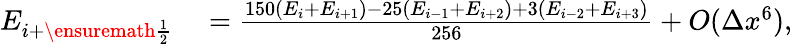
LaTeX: \begin{array}{rl}{E_{i+\ensuremath{{\frac{1}{2}}}}}&{{}=\frac{150(E_{i}+E_{i+1})-25(E_{i-1}+E_{i+2})+3(E_{i-2}+E_{i+3})}{256}+\textit{O}(\Delta x^{6}),}\end{array}